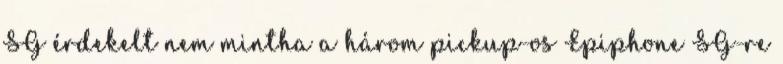
SG érdekelt nem mintha a három pickup-os Epiphone SG-re